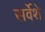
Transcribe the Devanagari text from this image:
सर्वेशे